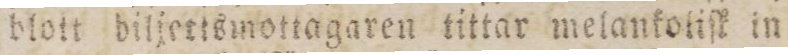
blott biljettsmottagaren tittar melankotiſk in